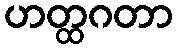
ဟတ္ထဂတာ